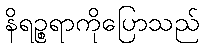
နိရဉ္စရာကိုပြောသည်